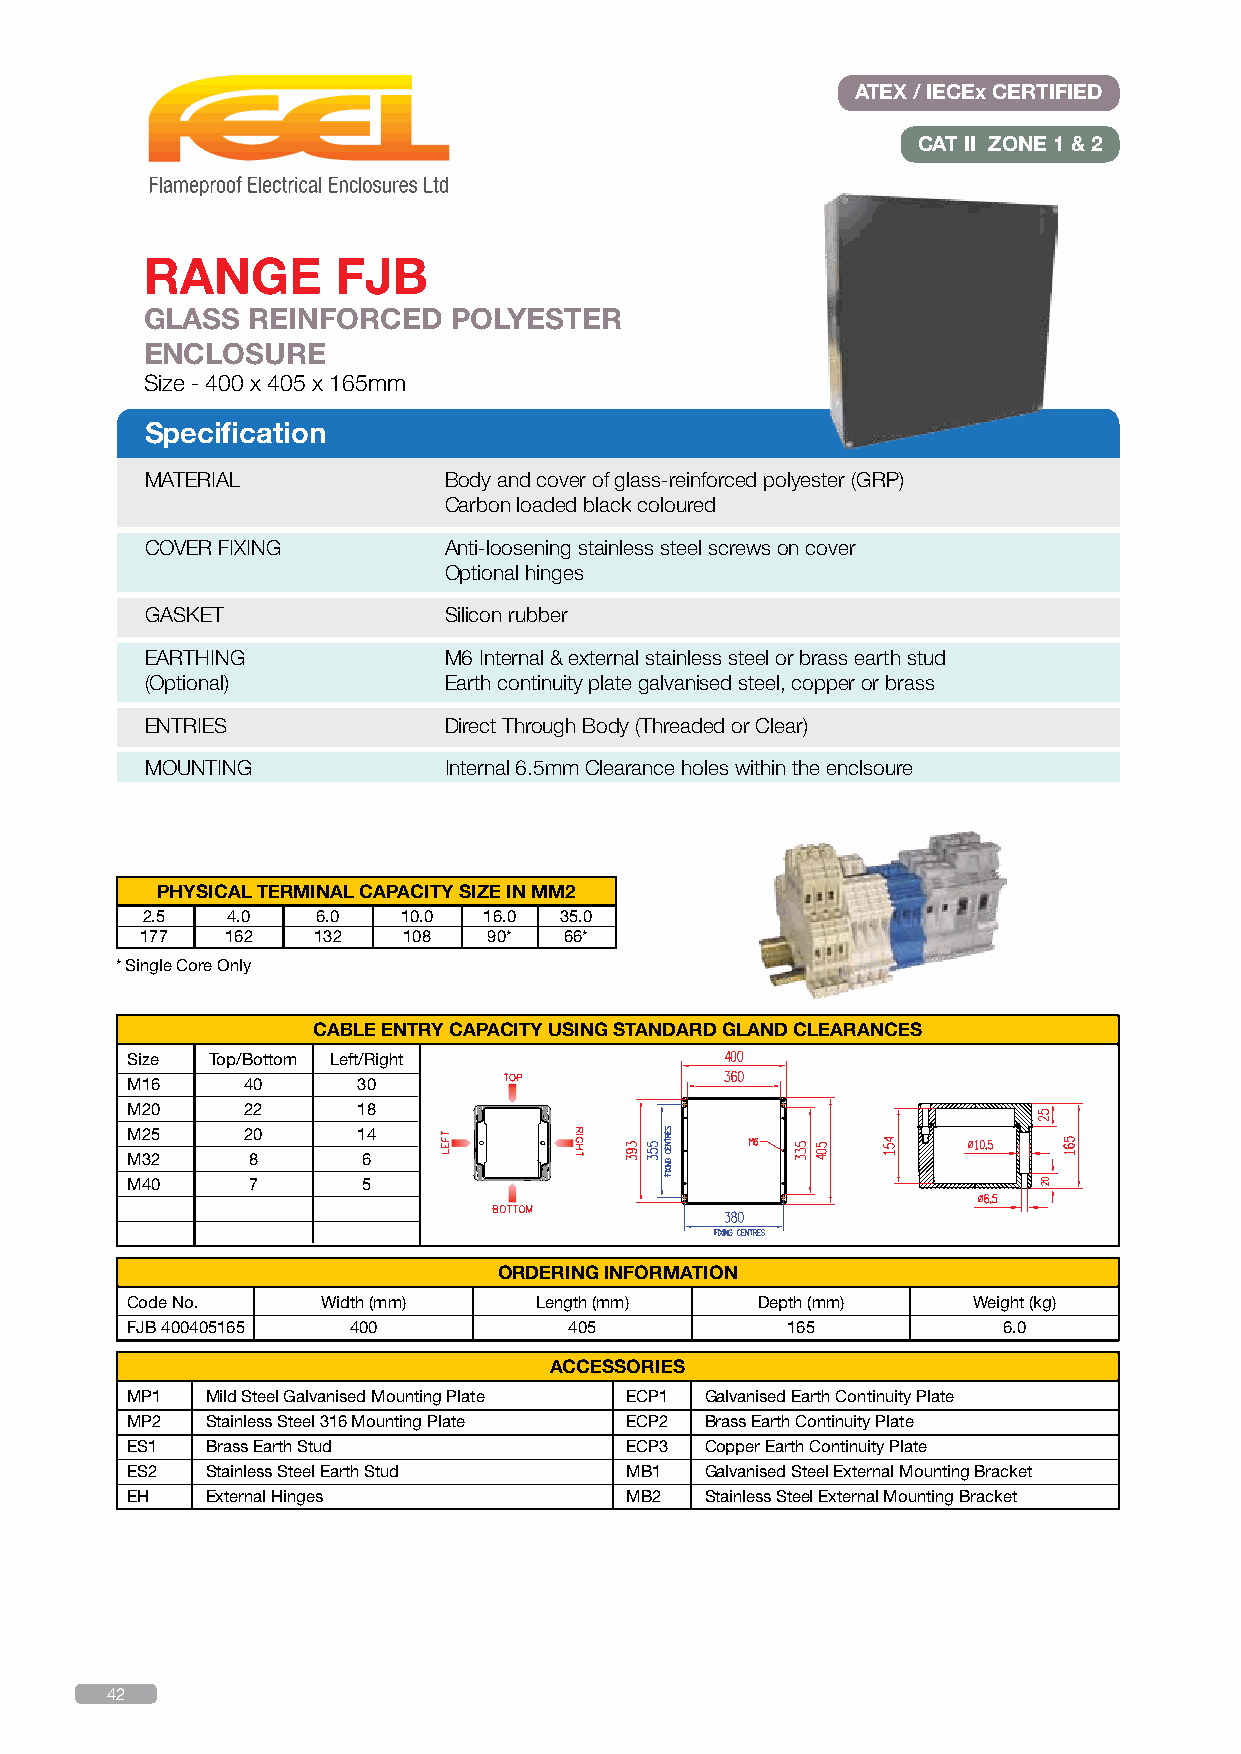
ATEX / IECEx CERTIFIED
 CAT II ZONE 1 & 2
 RANGE       FJB
 GLASS REINFORCED    POLYESTER
 ENCLOSURE
 Size - 400 x 405 x 165mm
 Specification
 MATERIAL           Body and cover of glass-reinforced polyester (GRP)
 Carbon loaded black coloured
 COVER FIXING       Anti-loosening stainless steel screws on cover
 Optional hinges
 GASKET             Silicon rubber
 EARTHING           M6 Internal & external stainless steel or brass earth stud
 (Optional)         Earth continuity plate galvanised steel, copper or brass
 ENTRIES            Direct Through Body (Threaded or Clear)
 MOUNTING           Internal 6.5mm Clearance holes within the enclsoure
 PHYSICAL TERMINAL CAPACITY SIZE IN MM2
 2.5   4.0   6.0   10.0 16.0 35.0
 177   162   132   108  90*  66*
 * Single Core Only
 CABLE ENTRY CAPACITY USING STANDARD GLAND CLEARANCES
 Size  Top/Bottom Left/Right
 M16     40      30
 M20     22      18
 M25     20      14
 M32     8       6
 M40     7       5
 ORDERING INFORMATION
 Code No.     Width (mm)    Length (mm)    Depth (mm)    Weight (kg)
 FJB 400405165  400            405           165           6.0
 ACCESSORIES
 MP1   Mild Steel Galvanised Mounting Plate ECP1 Galvanised Earth Continuity Plate
 MP2   Stainless Steel 316 Mounting Plate ECP2 Brass Earth Continuity Plate
 ES1   Brass Earth Stud           ECP3  Copper Earth Continuity Plate
 ES2   Stainless Steel Earth Stud MB1   Galvanised Steel External Mounting Bracket
 EH    External Hinges            MB2   Stainless Steel External Mounting Bracket
 42